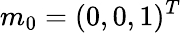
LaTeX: m_{0}=(0,0,1)^{T}